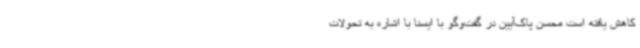
کاهش یافته است محسن پاک‌آیین در گفت‌وگو با ایسنا با اشاره به تحولات